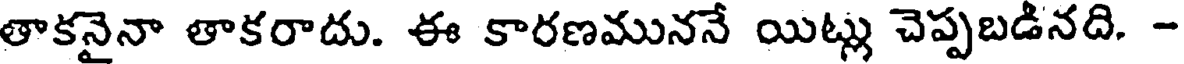
తాకనైనా తాకరాదు. ఈ కారణముననే యిట్లు చెప్పబడినది. -